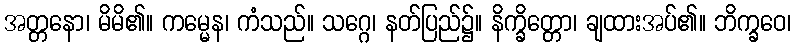
အတ္တနော၊ မိမိ၏။ ကမ္မေန၊ ကံသည်။ သဂ္ဂေ၊ နတ်ပြည်၌။ နိက္ခိတ္တော၊ ချထားအပ်၏။ ဘိက္ခဝေ၊